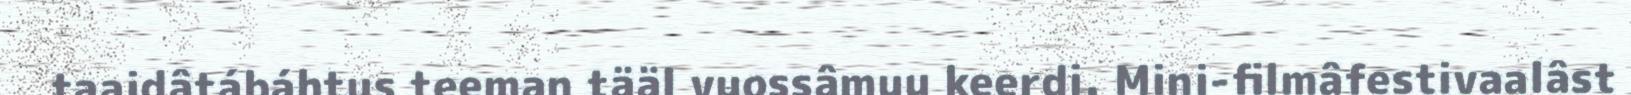
taaidâtábáhtus teeman tääl vuossâmuu keerdi. Mini-filmâfestivaalâst